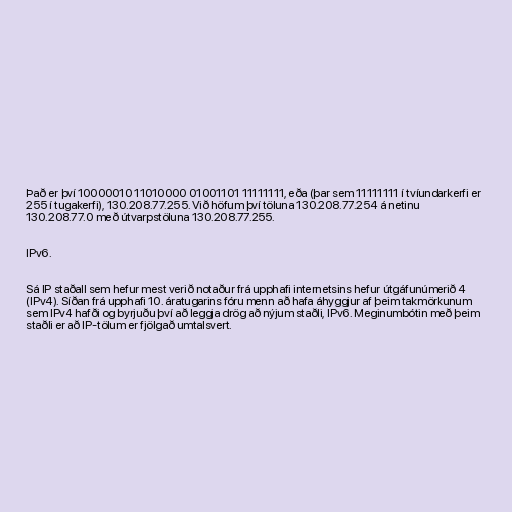
Það er því 10000010 11010000 01001101 11111111, eða (þar sem 11111111 í tvíundarkerfi er
255 í tugakerfi), 130.208.77.255. Við höfum því töluna 130.208.77.254 á netinu
130.208.77.0 með útvarpstöluna 130.208.77.255.

IPv6.

Sá IP staðall sem hefur mest verið notaður frá upphafi internetsins hefur útgáfunúmerið 4
(IPv4). Síðan frá upphafi 10. áratugarins fóru menn að hafa áhyggjur af þeim takmörkunum
sem IPv4 hafði og byrjuðu því að leggja drög að nýjum staðli, IPv6. Meginumbótin með þeim
staðli er að IP-tölum er fjölgað umtalsvert.